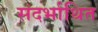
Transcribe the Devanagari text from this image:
संदर्भाथित